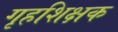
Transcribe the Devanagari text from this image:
गृहशिक्षक